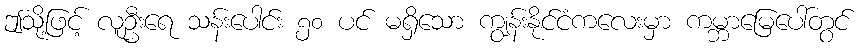
ဤသို့ဖြင့် လူဦးရေ သန်းပေါင်း ၅၀ ပင် မရှိသော ကျွန်းနိုင်ငံကလေးမှာ ကမ္ဘာမြေပေါ်တွင်